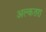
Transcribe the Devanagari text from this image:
अल्कतरा